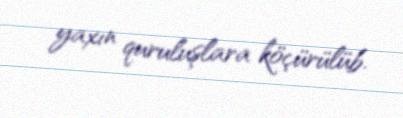
yaxın quruluşlara köçürülüb.